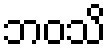
ဘဝသိ